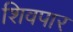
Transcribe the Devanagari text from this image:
शिवपार